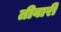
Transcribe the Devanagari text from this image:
तीवारी